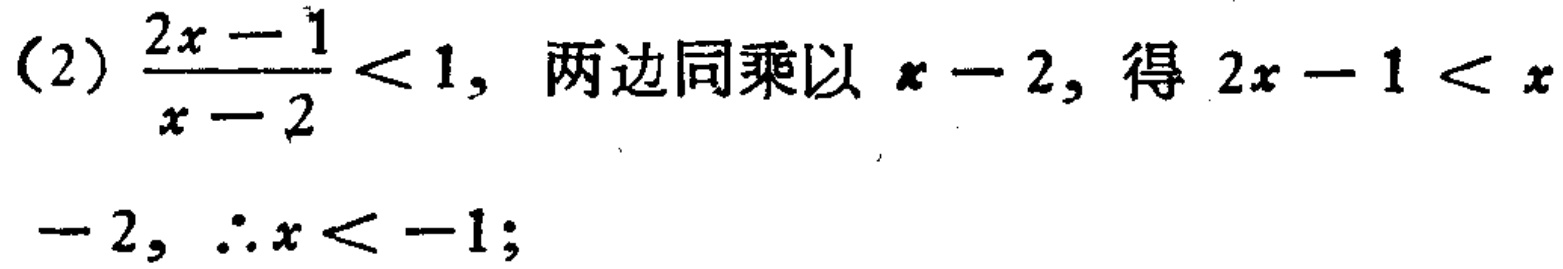
(2) \(\frac{2x - 1}{x - 2} < 1\)，两边同乘以 \(x - 2\)，得 \(2x - 1 < x - 2\)，\(\therefore x < -1\)；